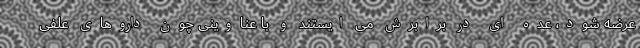
عرضه شود، عده ای در برابرش می ایستند و با عناوینی چون داروهای علفی